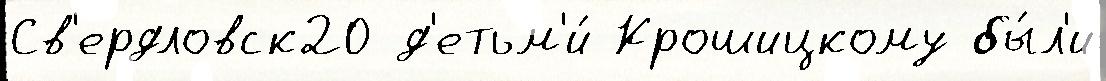
Св'ердловск20 д'етьм'и́ Крошицкому бы́л'и